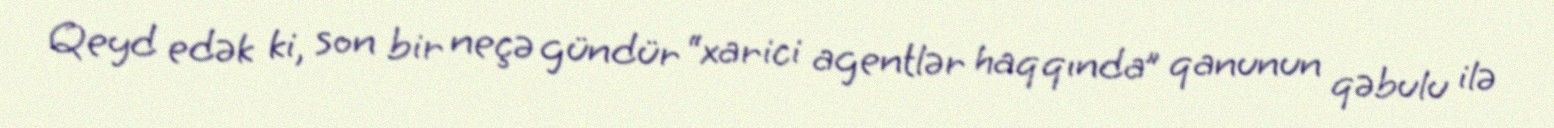
Qeyd edək ki, son bir neçə gündür “xarici agentlər haqqında” qanunun qəbulu ilə